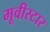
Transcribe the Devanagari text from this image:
मूवीस्टार